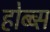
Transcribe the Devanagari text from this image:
होब्ब्स